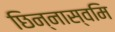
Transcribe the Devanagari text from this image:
छिन्नास्वमि